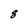
Character: 8